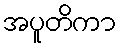
အပူတိကာ